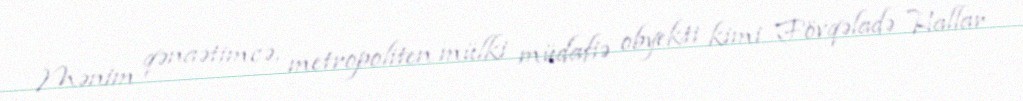
Mənim qənaətimcə, metropoliten mülki müdafiə obyekti kimi Fövqəladə Hallar